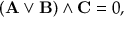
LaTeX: ( \mathbf { A } \lor \mathbf { B } ) \land \mathbf { C } = 0 ,